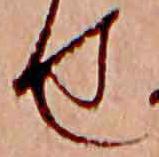
せ